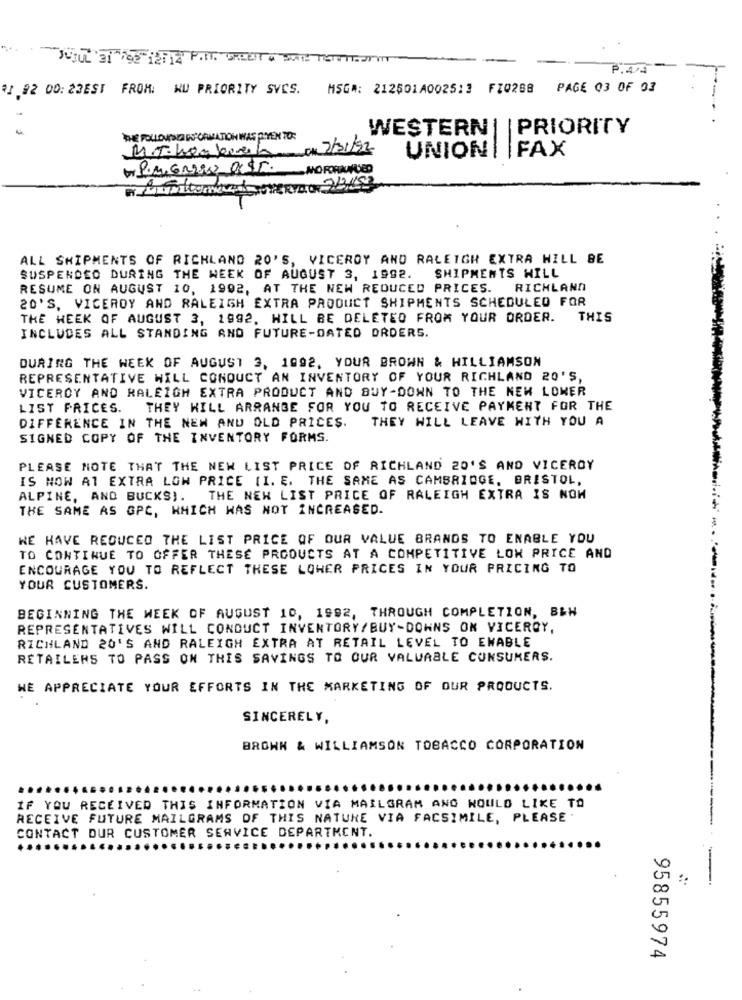
JUJUL'ai For ie 12 P.M. CREEIT " SAL TETTESPIT
P.44
₹1,92 00: 23EST FROM: WU PRIORITY SVCS. MSG#: 212501A0025:3 F10288 PAGE 03 OF 03
WESTERN| | PRIORITY
THE FOLLOWING INFORMATION WAS PYEN TO:
MIT hon borech CK 2/31/92
UNION | FAX
ALL SHIPMENTS OF RICHLAND 20'S, VICEROY AND RALEIGH EXTRA HILL BE
SUSPENDED DURING THE WEEK OF AUGUST 3, 1992.
SHIPMENTS HILL
RESUME ON AUGUST 10, 1992, AT THE NEW REDUCED PRICES. RICHLAND
20'S, VICEROY AND RALEIGH EXTRA PRODUCT SHIPMENTS SCHEDULED FOR
THE WEEK OF AUGUST 3, 1992. WILL BE DELETED FROM YOUR ORDER. THIS
INCLUDES ALL STANDING AND FUTURE-DATED ORDERS.
DURING THE WEEK OF AUGUST 3, 1992, YOUR BROWN & HILLIAMSON
REPRESENTATIVE WILL CONDUCT AN INVENTORY OF YOUR RICHLAND 20'S,
VICEROY AND RALEIGH EXTRA PRODUCT AND BUY-DOWN TO THE NEW LOMER
LIST PRICES.
.THEY WILL ARRANGE FOR YOU TO RECEIVE PAYMENT FOR THE
DIFFERENCE IN THE NEW AND OLD PRICES. THEY WILL LEAVE WITH YOU A
SIGNED COPY OF THE INVENTORY FORMS.
PLEASE NOTE THAT THE NEW LIST PRICE OF RICHLAND 20'S AND VICEROY
IS NOW AT EXTRA LOW PRICE (I. E. THE SAME AS CAMBRIDGE, BRISTOL,
ALPINE, AND BUCKS). THE NEW LIST PRICE OF RALEIGH EXTRA IS NOW
THE SAME AS GPC, WHICH WAS NOT INCREASED.
WE HAVE REDUCED THE LIST PRICE OF OUR VALUE BRANDS TO ENABLE YOU
TO CONTINUE TO OFFER THESE PRODUCTS AT A COMPETITIVE LOW PRICE AND
ENCOURAGE YOU TO REFLECT THESE LOWER PRICES IN YOUR PRICING TO
YOUR CUSTOMERS.
BEGINNING THE WEEK OF AUGUST 10, 1992, THROUGH COMPLETION, B&H
REPRESENTATIVES WILL CONDUCT INVENTORY/BUY-DOWNS ON VICEROY,
RICHLAND 20'S AND RALEIGH EXTRA AT RETAIL LEVEL TO ENABLE
RETAILERS TO PASS ON THIS SAVINGS TO OUR VALUABLE CONSUMERS.
WE APPRECIATE YOUR EFFORTS IN THE MARKETING OF OUR PRODUCTS.
SINCERELY,
BROWN & WILLIAMSON TOBACCO CORPORATION
IF YOU RECEIVED THIS INFORMATION VIA MAILGRAM AND WOULD LIKE TO
--
RECEIVE FUTURE MAILGRAMS OF THIS NATURE VIA FACSIMILE, PLEASE .
CONTACT DUR CUSTOMER SERVICE DEPARTMENT.
-
95855974